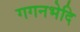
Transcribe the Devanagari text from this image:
गगनभेदि